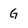
Character: G